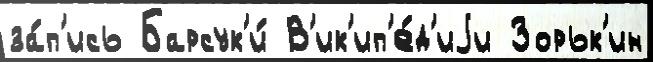
за́п'ись Барсук'и́ В'ик'ип'е́д'иjи Зорьк'ин